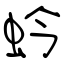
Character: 蚙